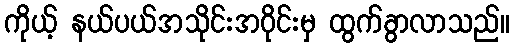
ကိုယ့် နယ်ပယ်အသိုင်းအဝိုင်းမှ ထွက်ခွာလာသည်။